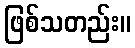
ဖြစ်သတည်း။